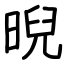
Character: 晲